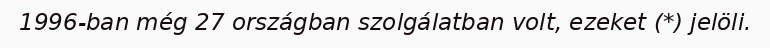
1996-ban még 27 országban szolgálatban volt, ezeket (*) jelöli.